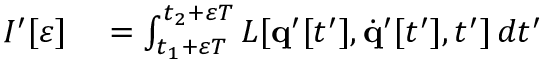
\begin{array} { r l } { I ^ { \prime } [ \varepsilon ] } & { { } = \int _ { t _ { 1 } + \varepsilon T } ^ { t _ { 2 } + \varepsilon T } L [ \mathbf { q } ^ { \prime } [ t ^ { \prime } ] , { \dot { \mathbf { q } } } ^ { \prime } [ t ^ { \prime } ] , t ^ { \prime } ] \, d t ^ { \prime } } \end{array}